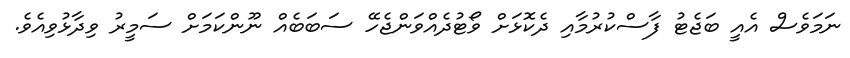
ނަމަވެސް އެއީ ބަޖެޓު ފާސްކުރުމާއި ދެކޮޅަށް ވޯޓުދެއްވަންޖެހޭ ސަބަބެއް ނޫންކަމަށް ސަމީރު ވިދާޅުވިއެވެ.